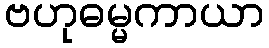
ဗဟုဓမ္မကာယာ